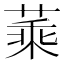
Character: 𦶝